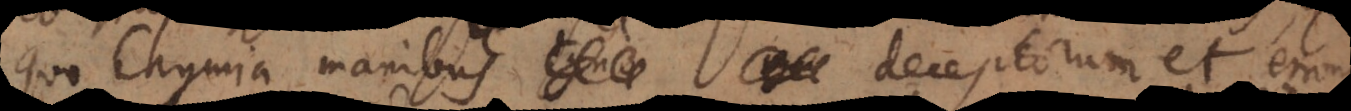
quo Chymia manibus igno deceptorum et